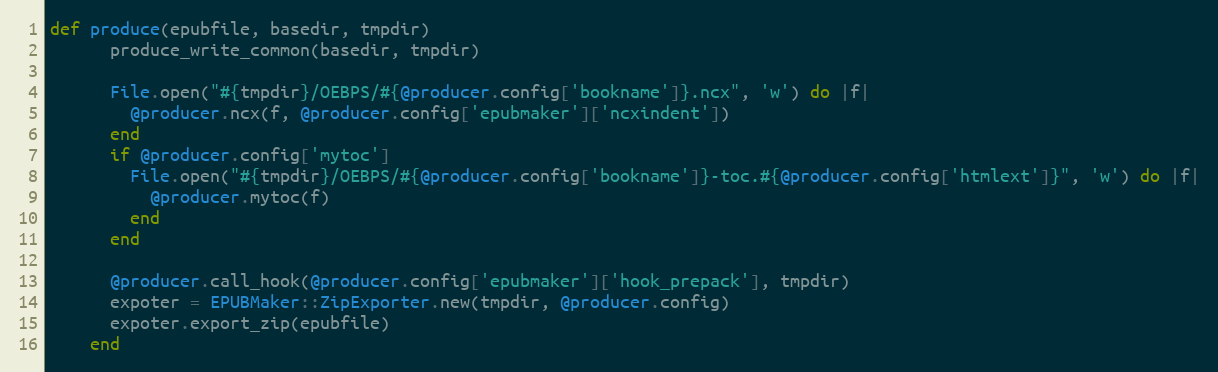
Language: Ruby
def produce(epubfile, basedir, tmpdir)
      produce_write_common(basedir, tmpdir)

      File.open("#{tmpdir}/OEBPS/#{@producer.config['bookname']}.ncx", 'w') do |f|
        @producer.ncx(f, @producer.config['epubmaker']['ncxindent'])
      end
      if @producer.config['mytoc']
        File.open("#{tmpdir}/OEBPS/#{@producer.config['bookname']}-toc.#{@producer.config['htmlext']}", 'w') do |f|
          @producer.mytoc(f)
        end
      end

      @producer.call_hook(@producer.config['epubmaker']['hook_prepack'], tmpdir)
      expoter = EPUBMaker::ZipExporter.new(tmpdir, @producer.config)
      expoter.export_zip(epubfile)
    end